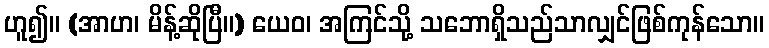
ဟူ၍။ (အာဟ၊ မိန့်ဆိုပြီ။) ယေဝ၊ အကြင်သို့ သဘောရှိသည်သာလျှင်ဖြစ်ကုန်သော။